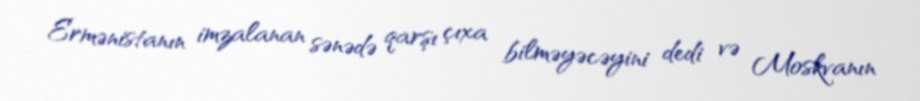
Ermənistanın imzalanan sənədə qarşı çıxa bilməyəcəyini dedi və Moskvanın